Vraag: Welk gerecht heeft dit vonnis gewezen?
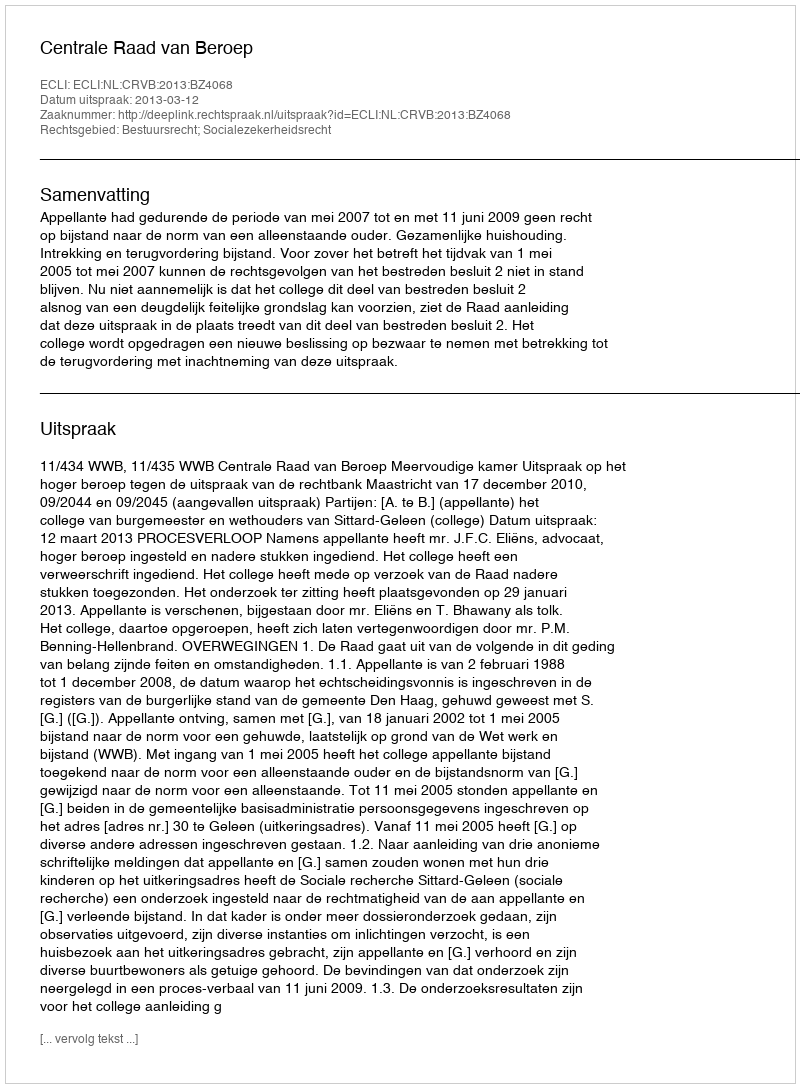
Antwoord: Centrale Raad van Beroep